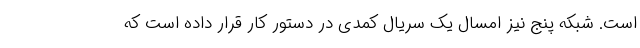
است. شبکه پنج نیز امسال یک سریال کمدی در دستور کار قرار داده است که